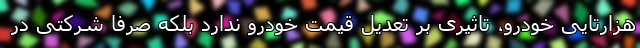
هزارتایی خودرو، تاثیری بر تعدیل قیمت خودرو ندارد بلکه صرفا شرکتی در